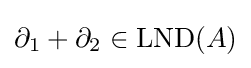
\partial _{1}+\partial _{2}\in \operatorname {LND} (A)